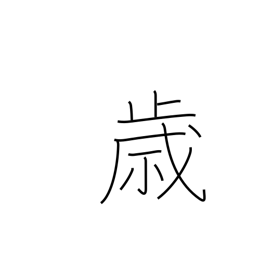
Meaning: opportunity